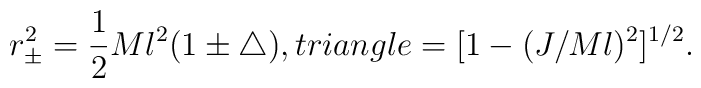
r^2_{\pm}=\frac{1}{2}Ml^2( 1\pm \triangle), \ \\triangle=[1-(J/Ml)^2]^{1/2}.